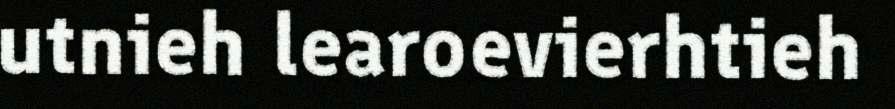
utnieh learoevierhtieh